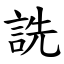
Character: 詵